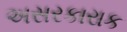
અસરકારાક